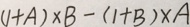
( 1 + A ) \times B - ( 1 + B ) \times A